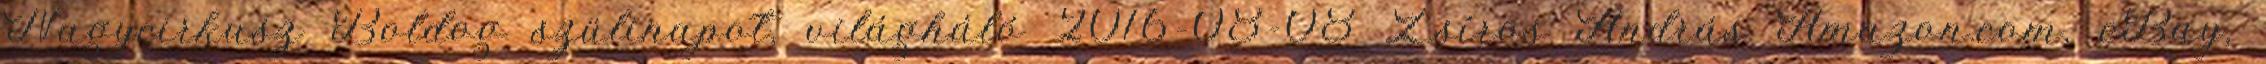
Nagycirkusz Boldog szülinapot, világháló 2016-08-08 Zsíros András Amazon.com, eBay,